Civil Veterinary Dept. Bombay admin report 1932-41 - 1932-1941
Year: 1932
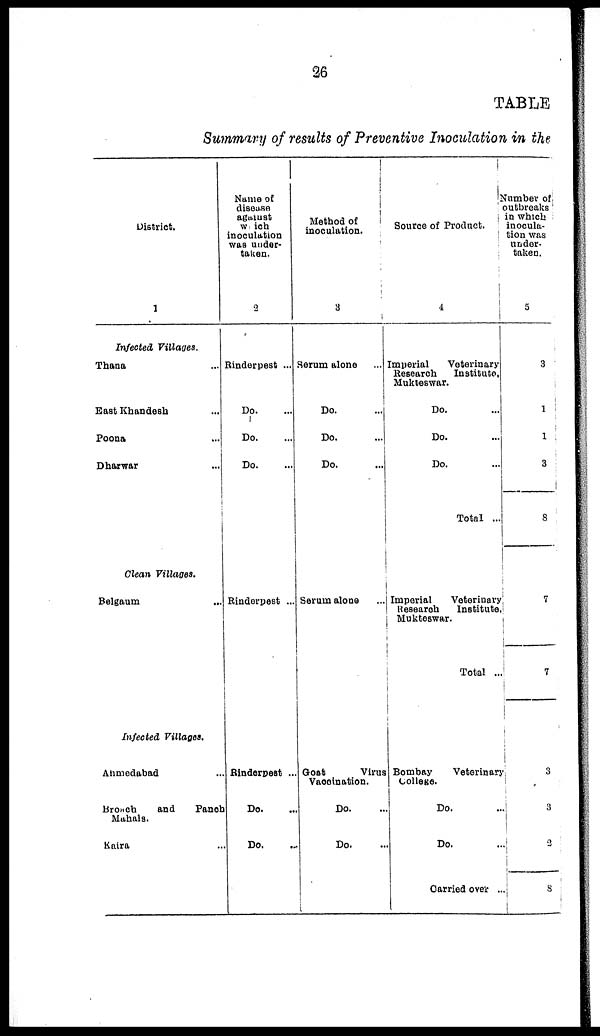
26
TABLE
Summary of results of Preventive Inoculation in the
District.
1
Infected Villages.
Thana ...
East Khandesh ...
Poona ...
Dharwar ...
Clean Villages.
Belgaum ...
Infected
Villages,
Ahmedabad ...
Broach
and
Panch
Mahals.
Kaira ...
Name of
disease
against
w ich
inoculation
was under-
taken.
2
Rinderpest ...
Do.
...
Do.
...
Do.
...
Rinderpest ...
Rinderpest ...
Do. ...
Do. ...
Method of
inoculation.
3
Serum alone
...
Do.
...
Do. ...
Do.
...
Serum alone ...
Goat
Virus
Vaceination.
Do. ...
Do. ...
Source of Product.
4
Imperial
Veterinary
Research
Institute.
Mukteswar.
Do. ...
Do. ...
Do. ...
Total ...
Imperial
Veterinary
Research
Institute.
Muktoswar.
Total ...
Bombay
Veterinary
college.
Do. ...
Do. ...
Carried
over ..
Numbee of
outbreaks
in which
inocula-
tion was
under-
taken.
5
3
1
1
3
8
7
7
3
3
2
8